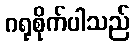
ဂရုစိုက်ပါသည်